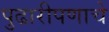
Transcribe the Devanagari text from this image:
पुढारीपणाचे